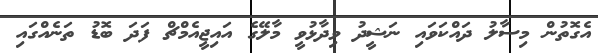
އެގޮތުން މިސާލު ދައްކަވައި ނަޝީދު ވިދާޅުވީ މާލޭގެ އައިޖީއެމްޗް ފަދަ ބޮޑު ތަނެއްގައި